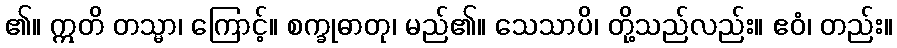
၏။ ဣတိ တသ္မာ၊ ကြောင့်။ စက္ခုဓာတု၊ မည်၏။ သေသာပိ၊ တို့သည်လည်း။ ဧဝံ၊ တည်း။